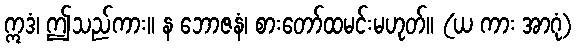
ဣဒံ၊ ဤသည်ကား။ န ဘောဇနံ၊ စားတော်ထမင်းမဟုတ်။ (ယ ကား အာဂုံ)